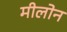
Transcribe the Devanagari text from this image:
मीलोन